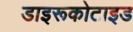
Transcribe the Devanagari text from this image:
डाइरूकोटाइड